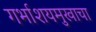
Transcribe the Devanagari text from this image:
गर्भाशयमुखाचा